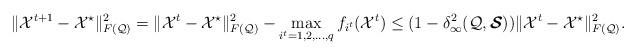
LaTeX: \begin{align*}\|\mathcal{X}^{t+1}-\mathcal{X}^{\star}\|_{F(\mathcal{Q})}^{2}&=\|\mathcal{X}^{t}-\mathcal{X}^{\star}\|_{F(\mathcal{Q})}^{2}-\mathop{\max}_{i^{t}=1,2,\dots,q}f_{i^{t}}(\mathcal{X}^{t})\leq(1-\delta_{\infty}^{2}(\mathcal{Q},\boldsymbol{\mathcal{S}}))\|\mathcal{X}^{t}-\mathcal{X}^{\star}\|_{F(\mathcal{Q})}^{2}.\end{align*}